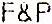
F&P